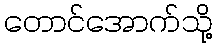
တောင်အောက်သို့